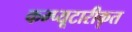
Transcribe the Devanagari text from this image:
कम्प्यूटारीकृत